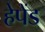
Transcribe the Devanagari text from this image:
हेपेंड